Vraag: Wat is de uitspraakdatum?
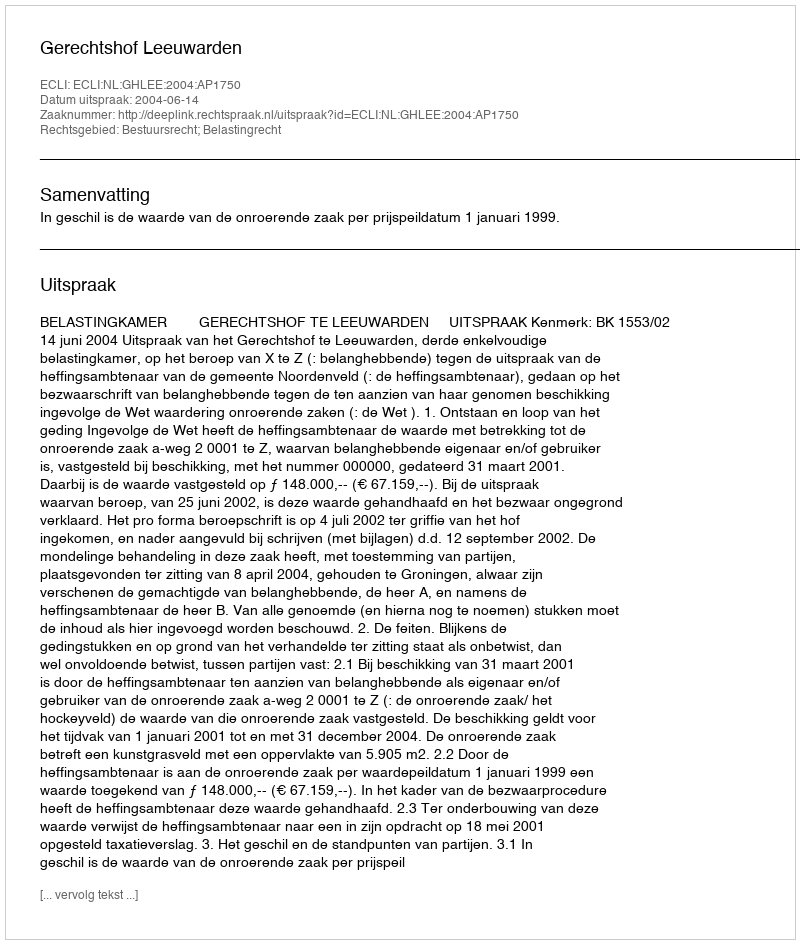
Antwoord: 2004-06-14